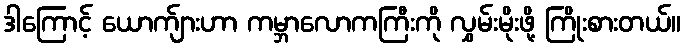
ဒါကြောင့် ယောက်ျားဟာ ကမ္ဘာလောကကြီးကို လွှမ်းမိုးဖို့ ကြိုးစားတယ်။